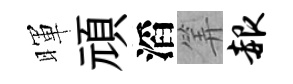
暉頑滔筭赧